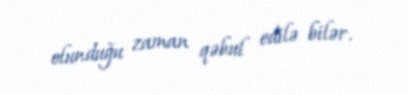
olunduğu zaman qəbul edilə bilər.